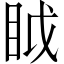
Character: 眓